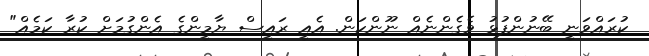
ކުރައްވަނީ ބޭނުންފުޅު ވެގެންނެއް ނޫންކަން. އެއީ ރައީސް ޔާމީންގެ އެންގުމަށް ކުރާ ކަމެއް"